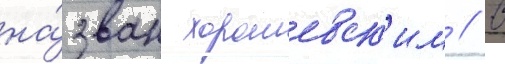
на́зван хорошевск'им // В